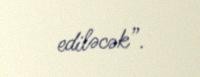
ediləcək”.